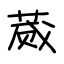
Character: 蒇